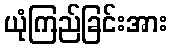
ယုံကြည်ခြင်းအား